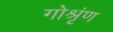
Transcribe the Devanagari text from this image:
गोश्रृंण